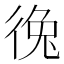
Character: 𪫐